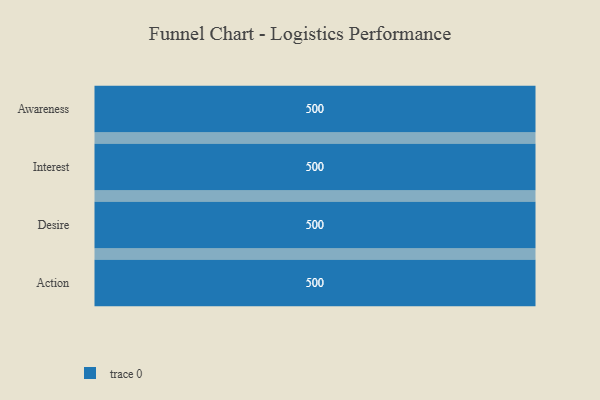
{"axis": {"x": "Stage", "y": "Value"}, "legend": [""], "data": [{"x": "Awareness", "y": 500, "type": ""}, {"x": "Interest", "y": 500, "type": ""}, {"x": "Desire", "y": 500, "type": ""}, {"x": "Action", "y": 500, "type": ""}]}